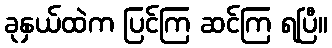
ခုနှယ်ထဲက ပြင်ကြ ဆင်ကြ ရပြီ။